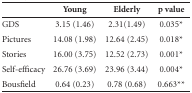
|  | Young | Elderly | p value |
 | --- | --- | --- | --- |
 | GDS | 3.15 (1.46) | 2.31(1.49) | 0.035* |
 | Pictures | 14.08 (1.98) | 12.64 (2.45) | 0.018* |
 | Stories | 16.00 (3.75) | 12.52 (2.73) | 0.001* |
 | Self-efficacy | 26.76 (3.69) | 23.96 (3.44) | 0.004* |
 | Bousfield | 0.64 (0.23) | 0.78 (0.68) | 0.663** |